Civil Veterinary Dept. Bombay admin report 1900-1906 - 1900-1906
Year: 1900
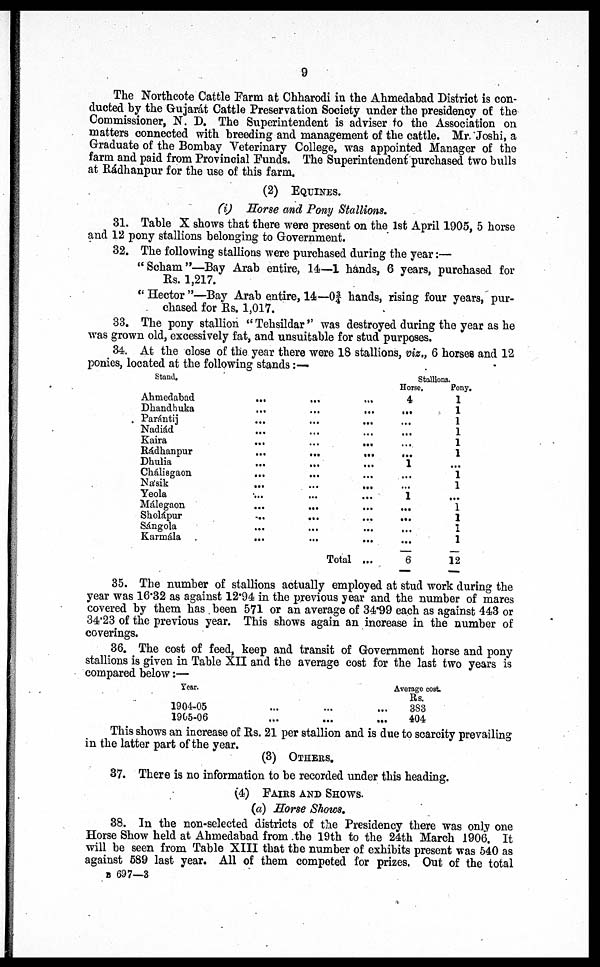
9
The Northcote Cattle Farm at Chharodi in the Ahmedabad District is con-
ducted by the Gujarat Cattle Preservation Society under the presidency of the
Commissioner, N. D. The Superintendent is adviser to the Association on
matters connected with breeding and management of the cattle. Mr. Joshi, a
Graduate of the Bombay Veterinary College, was appointed Manager of the
farm and paid from Provincial Funds. The Superintendent purchased two bulls
at Rádhanpur for the use of this farm.
(2) EQUINES.
(i) Horse and Pony Stallions.
31. Table X shows that there were present on the 1st April 1905, 5 horse
and 12 pony stallions belonging to Government.
32. The following stallions were purchased during the year:—
"Scham"—Bay Arab entire, 14—1 hands, 6 years, purchased for
Rs. 1,217.
"Hector"—Bay Arab entire, 14—03/4 hands, rising four years, pur-
chased for Rs. 1,017.
33. The pony stallion "Tehsildar'' was destroyed during the year as he
was grown old, excessively fat, and unsuitable for stud purposes.
34. At the close of the year there were 18 stallions, viz., 6 horses and 12
ponies, located at the following stands:—
Stand.
Ahmedabad
Dhandhuka
Parántij
Nadiád
Kaira
Rádhanpur
Dhulia
Chálisgaon
Násik
Yeola
Málegaon
Sholápur
Sángola
Karmála
...
...
...
...
...
...
...
...
...
...
..
...
...
...
...
...
...
...
...
...
...
...
...
...
...
...
...
Total
...
...
...
...
...
...
...
...
...
...
...
...
...
...
...
Stallions.
Horse.
4
...
...
...
...
...
1
...
...
1
...
...
...
...
6
Pony.
1
1
1
1
1
1
...
1
1
...
1
1
1
1
12
35. The number of stallions actually employed at stud work during the
year was 16.32 as against 12.94 in the previous year and the number of mares
covered by them has been 571 or an average of 34.99 each as against 443 or
34'23 of the previous year. This shows again an increase in the number of
coverings.
36. The cost of feed, keep and transit of Government horse and pony
stallions is given in Table XII and the average cost for the last two years is
compared below:—
Year.
1904-05
1905-06
...
...
...
...
...
...
Average cost.
Rs.
383
404
This shows an increase of Rs. 21 per stallion and is due to scarcity prevailing
in the latter part of the year.
(3) OTHERS.
37. There is no information to be recorded under this heading.
(4) FAIRS AND SHOWS.
(a) Horse Shows.
38. In the non-selected districts of the Presidency there was only one
Horse Show held at Ahmedabad from the 19th to the 24th March 1906. It
will be seen from Table XIII that the number of exhibits present was 540 as
against 589 last year. All of them competed for prizes. Out of the total
B 697—3